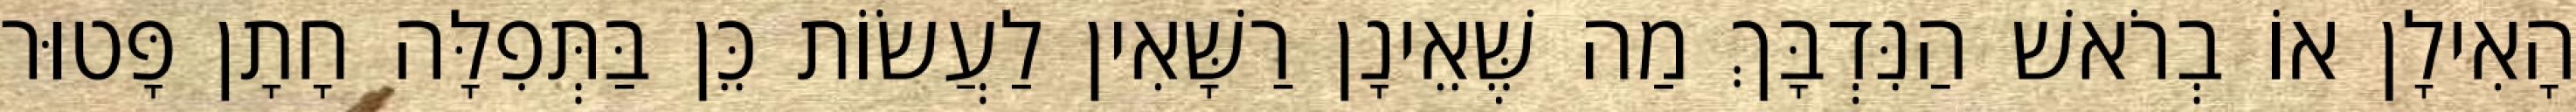
הָאִילָן אוֹ בְרֹאשׁ הַנִּדְבָּךְ מַה שֶּׁאֵינָן רַשָּׁאִין לַעֲשׂוֹת כֵּן בַּתְּפִלָּה חָתָן פָּטוּר